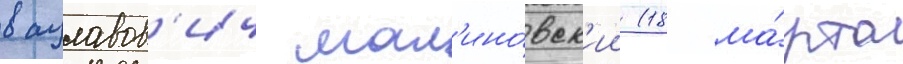
вацлавов'ич мал'ино́вск'ии (18 ма́рта